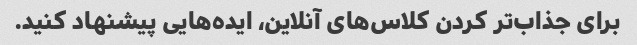
برای جذاب‌تر کردن کلاس‌های آنلاین، ایده‌هایی پیشنهاد کنید.